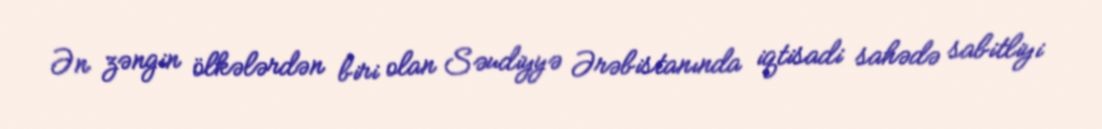
Ən zəngin ölkələrdən biri olan Səudiyyə Ərəbistanında iqtisadi sahədə sabitliyi